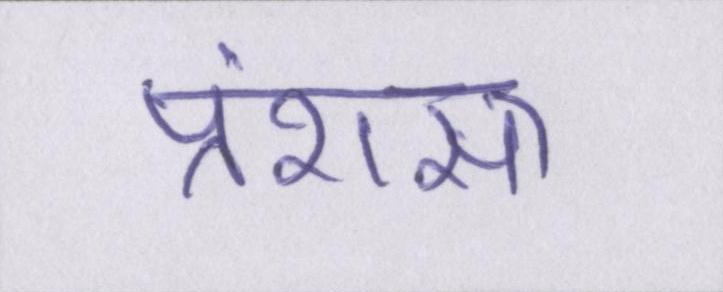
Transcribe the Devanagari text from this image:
प्रंशसा